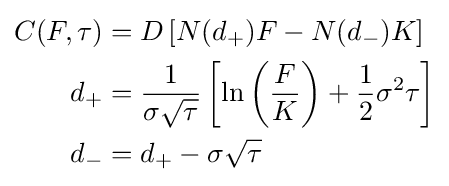
{\begin{aligned}C(F,\tau )&=D\left[N(d_{+})F-N(d_{-})K\right]\\d_{+}&={\frac {1}{\sigma {\sqrt {\tau }}}}\left[\ln \left({\frac {F}{K}}\right)+{\frac {1}{2}}\sigma ^{2}\tau \right]\\d_{-}&=d_{+}-\sigma {\sqrt {\tau }}\end{aligned}}